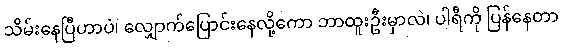
သိမ်းနေပြီဟာပဲ၊ လျှောက်ပြောင်းနေလို့ကော ဘာထူးဦးမှာလဲ၊ ပါရီကို ပြန်နေတာ